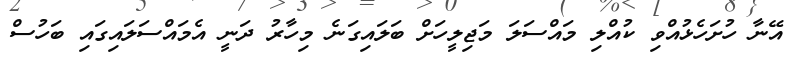
އޭނާ ހުށަހެޅުއްވި ކުއްލި މައްސަލަ މަޖިލީހަށް ބަލައިގަނެ މިހާރު ދަނީ އެމައްސަލައިގައި ބަހުސް